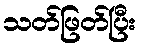
သတ်ဖြတ်ပြီး